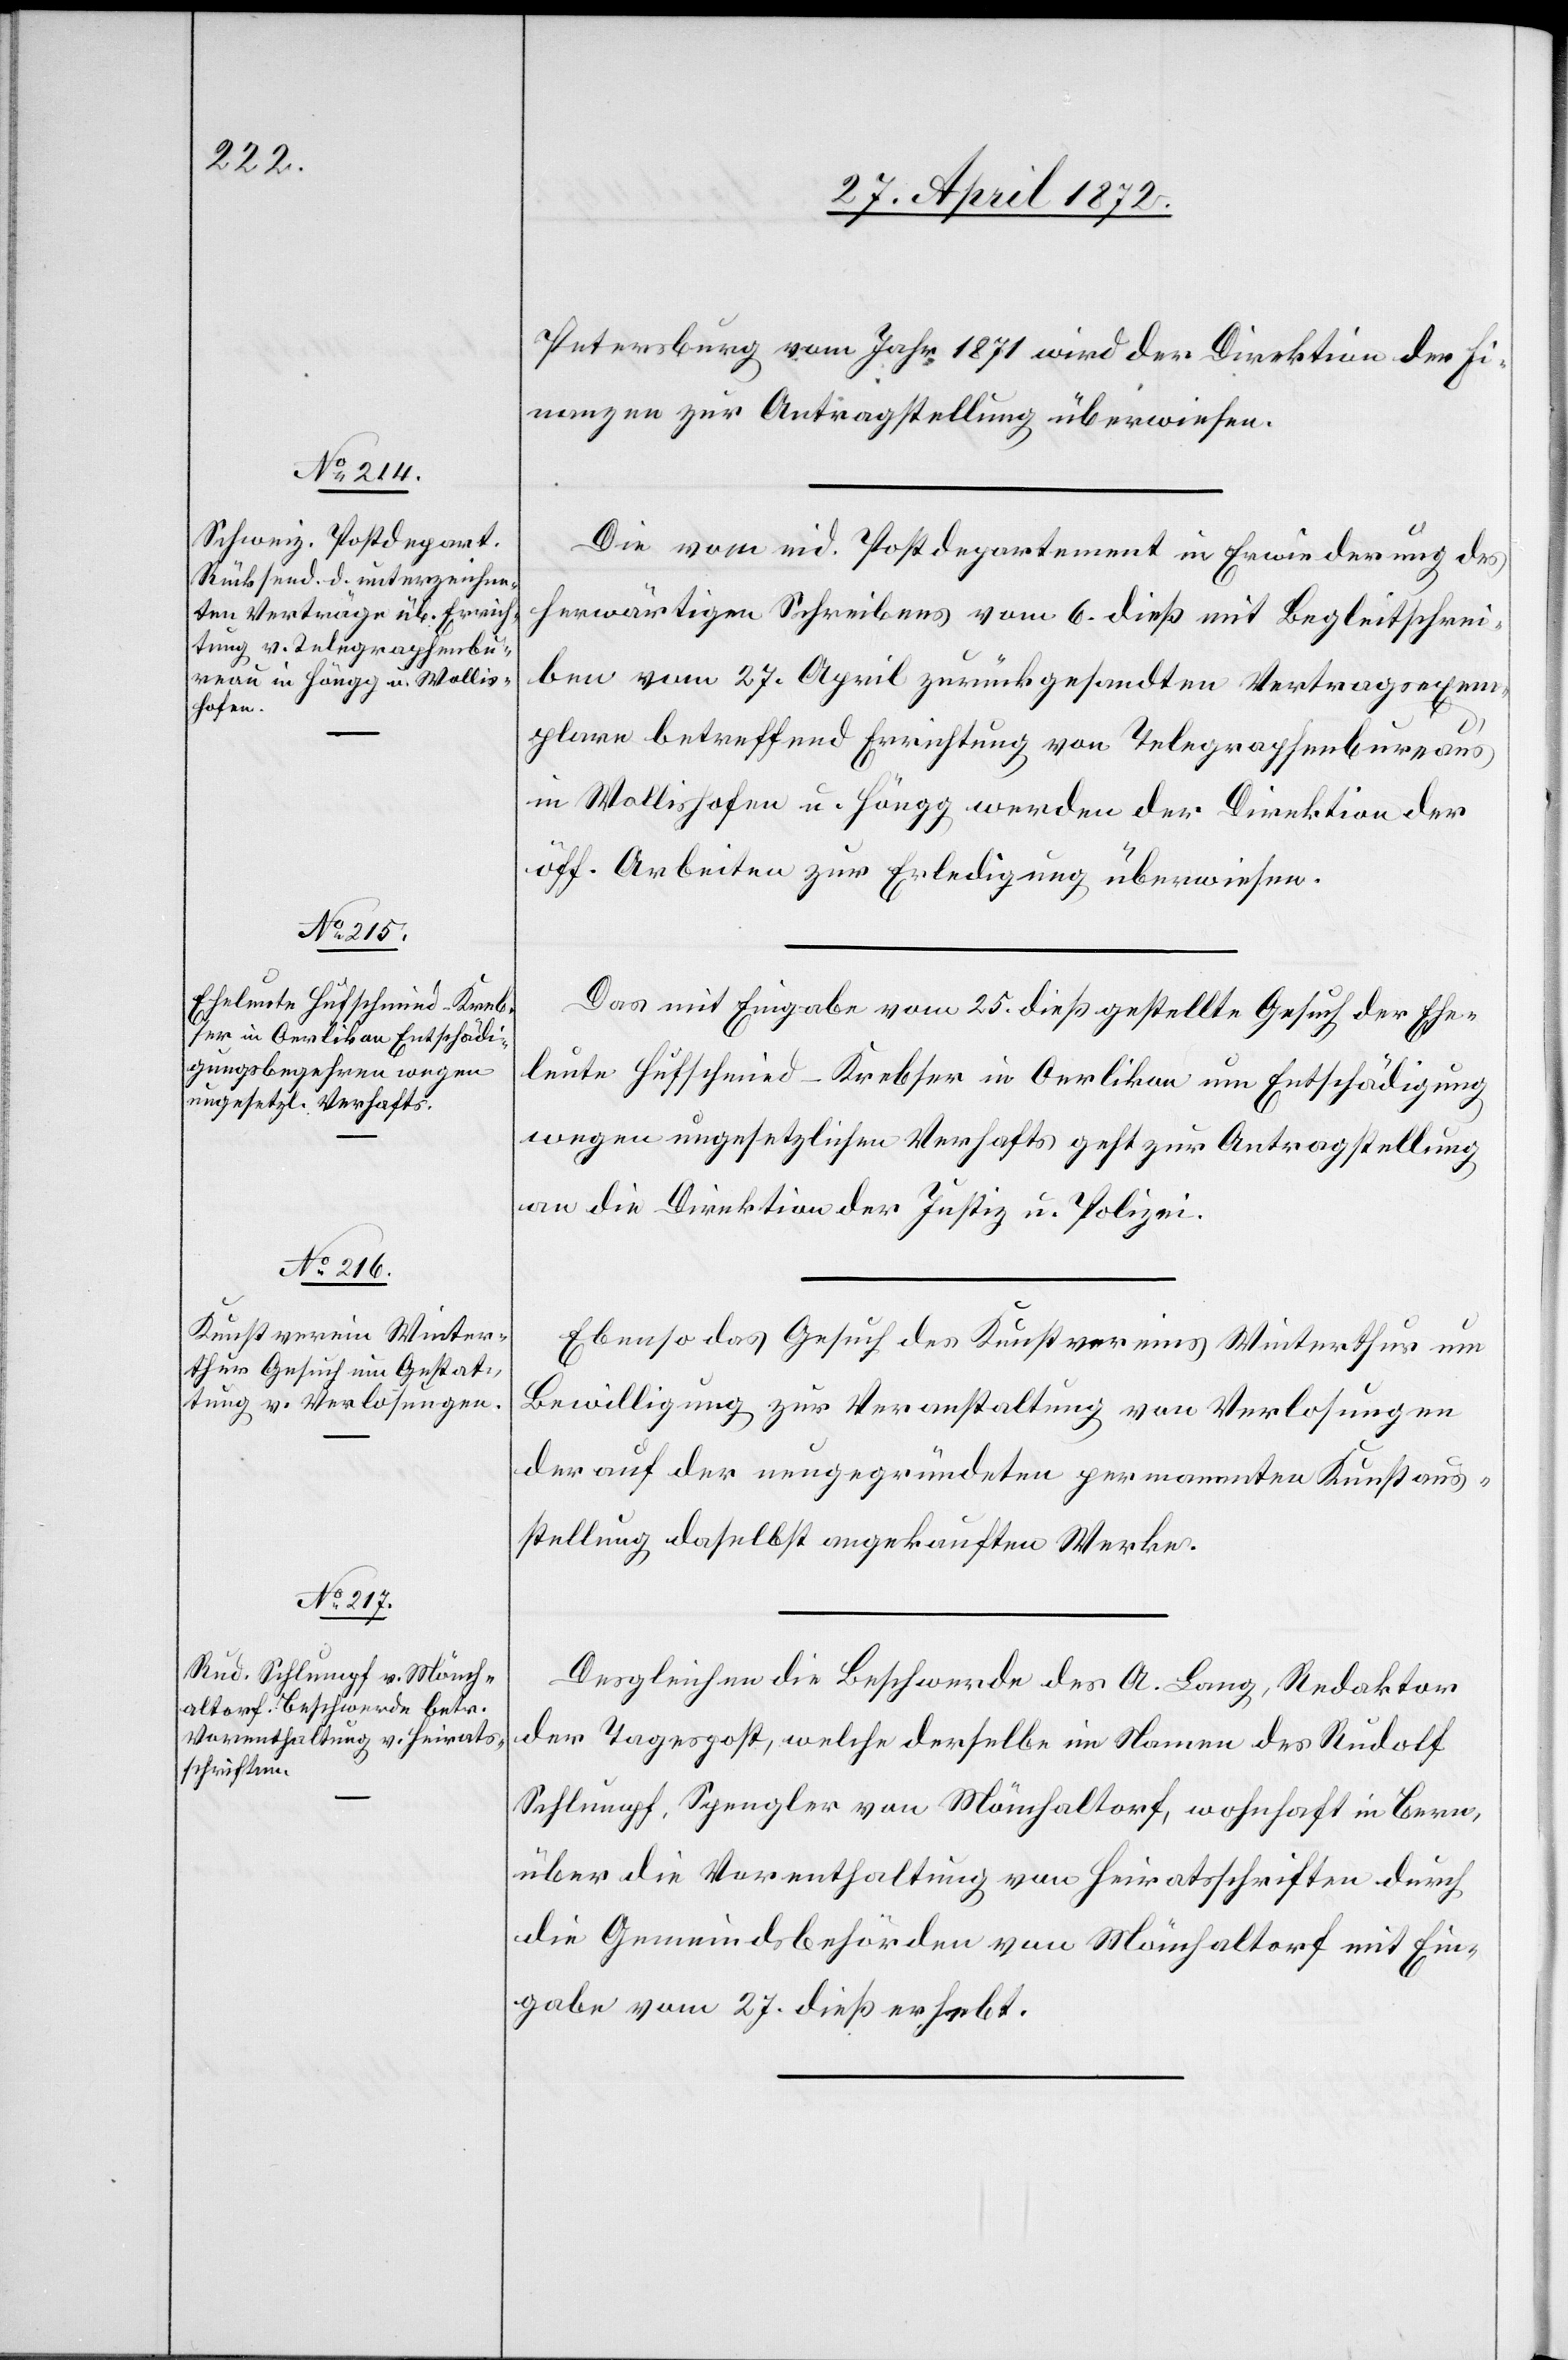
29. April 1872.]
Petersburg vom Jahr 1871 wird der Direktion der Fi¬
nanzen zur Antragstellung überwiesen.
Die vom eid. Postdepartement in Erwiederung des
herwärtigen Schreibens vom 6. dieß mit Begleitschrei¬
ben vom 27. April zurückgesandten Vertragsexem¬
plare betreffend Errichtung von Telegraphenbureaus
in Wollishofen u. Höngg werden der Direktion der
öff. Arbeiten zur Erledigung überwiesen.
Das mit Eingabe vom 25. dieß gestellte Gesuch der Ehe¬
leute Hufschmied-Krebser in Oerlikon um Entschädigung
wegen ungesetzlichen Verhafts geht zur Antragstellung
an die Direktion der Justiz u. Polizei.
Ebenso das Gesuch des Kunstvereins Winterthur um
Bewilligung zur Veranstaltung von Verlosungen
der auf der neugegründeten permanenten Kunstaus¬
stellung daselbst angekauften Werke.
Desgleichen die Beschwerde des A. Lang, Redaktor
der Tagespost, welche derselbe im Namen des Rudolf
Schlumpf, Spengler von Mönchaltorf, wohnhaft in Bern,
über die Vorenthaltung von Heiratsschriften durch
die Gemeindsbehörden von Mönchaltorf mit Ein¬
gabe vom 27. dieß erhebt.